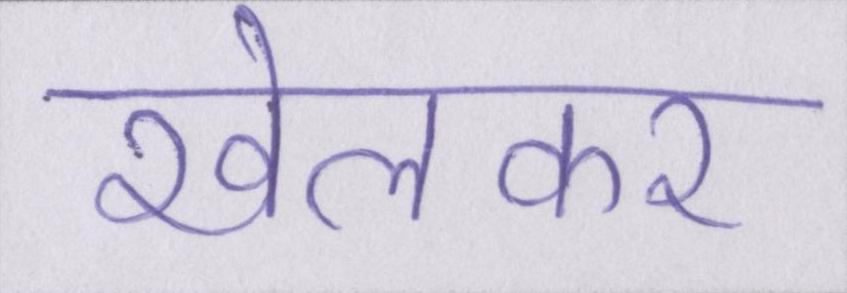
खेलकर